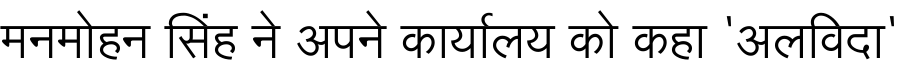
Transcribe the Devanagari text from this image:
मनमोहन सिंह ने अपने कार्यालय को कहा 'अलविदा'